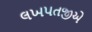
લખપતજીએ